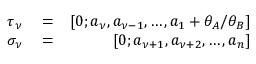
\begin{array} { r l r } { \tau _ { \nu } } & { { } = } & { [ 0 ; a _ { \nu } , a _ { \nu - 1 } , \ldots , a _ { 1 } + \theta _ { A } / \theta _ { B } ] } \\ { \sigma _ { \nu } } & { { } = } & { [ 0 ; a _ { \nu + 1 } , a _ { \nu + 2 } , \ldots , a _ { n } ] } \end{array}